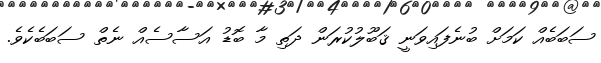
ސަބަބެއް ކަމަށް ބުނެފައިވަނީ ޤަބޫލުކުރަން ދަތި މާ ބޮޑު އަސާސެއް ނެތް ސަބަބެކެވެ.